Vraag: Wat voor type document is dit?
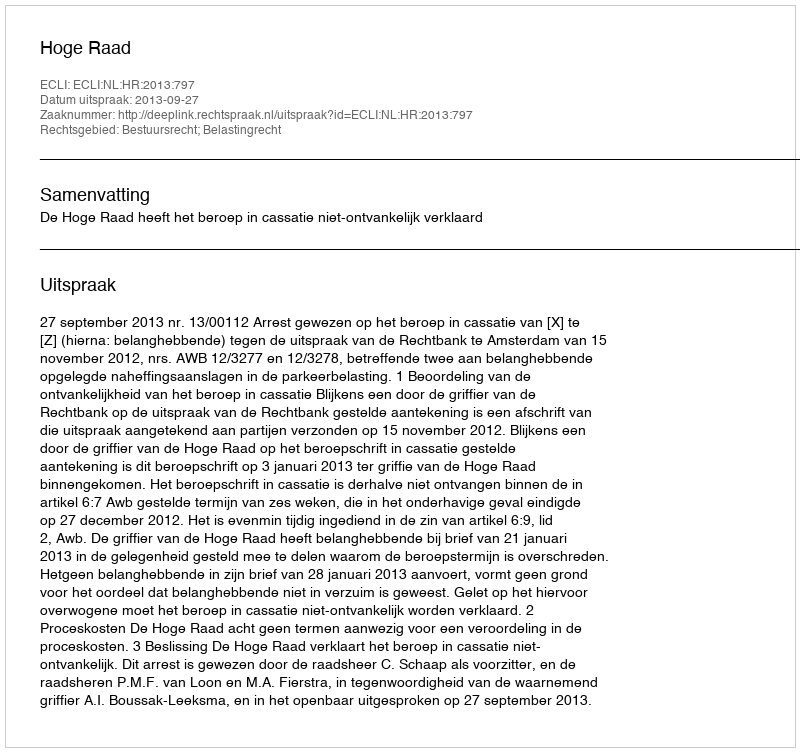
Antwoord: Uitspraak